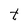
Character: t